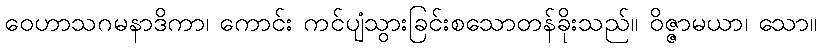
ဝေဟာသဂမနာဒိကာ၊ ကောင်း ကင်ပျံသွားခြင်းစသောတန်ခိုးသည်။ ဝိဇ္ဇာမယာ၊ သော။